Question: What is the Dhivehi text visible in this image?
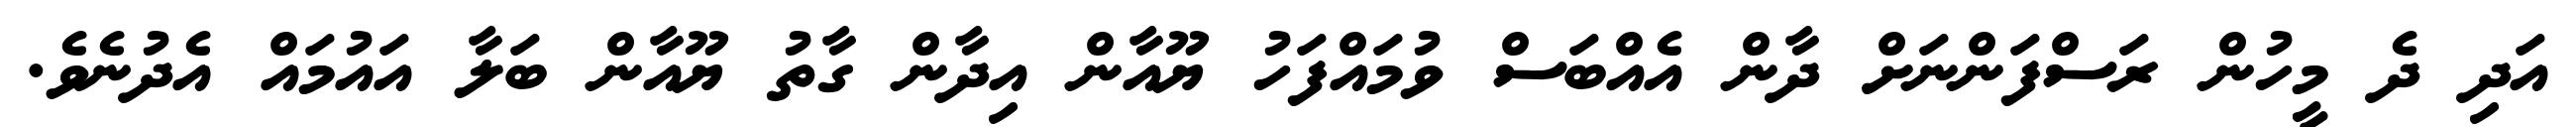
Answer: އަދި ދެ މީހުން ރަސްފަންނަށް ދާން އެއްބަސް ވުމައްފަހު ޔޫއާން އިދާން ގާތު ޔޫއާން ބަލާ އައުމައް އެދުނެވެ.